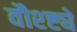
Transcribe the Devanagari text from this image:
वौश्ष्ट्ये